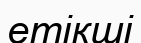
етікші